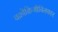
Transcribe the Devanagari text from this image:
वक्रोक्तिजीवितकार